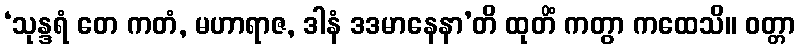
‘သုန္ဒရံ တေ ကတံ, မဟာရာဇ, ဒါနံ ဒဒမာနေနာ’တိ ထုတိံ ကတွာ ကထေသိ။ ဝတ္တာ